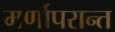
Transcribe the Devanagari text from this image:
मर्णोपरान्त